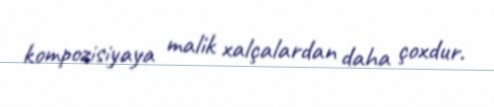
kompozisiyaya malik xalçalardan daha çoxdur.